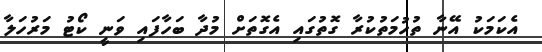
އެކަމަކު އޭނާ ތުހުމަތުކުރާ ގޮތުގައި އެގޮތަށް މުދާ ބަހާފައި ވަނީ ކޯޓު މަރުހަލާ